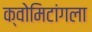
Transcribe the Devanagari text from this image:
क्वोमिटांगला